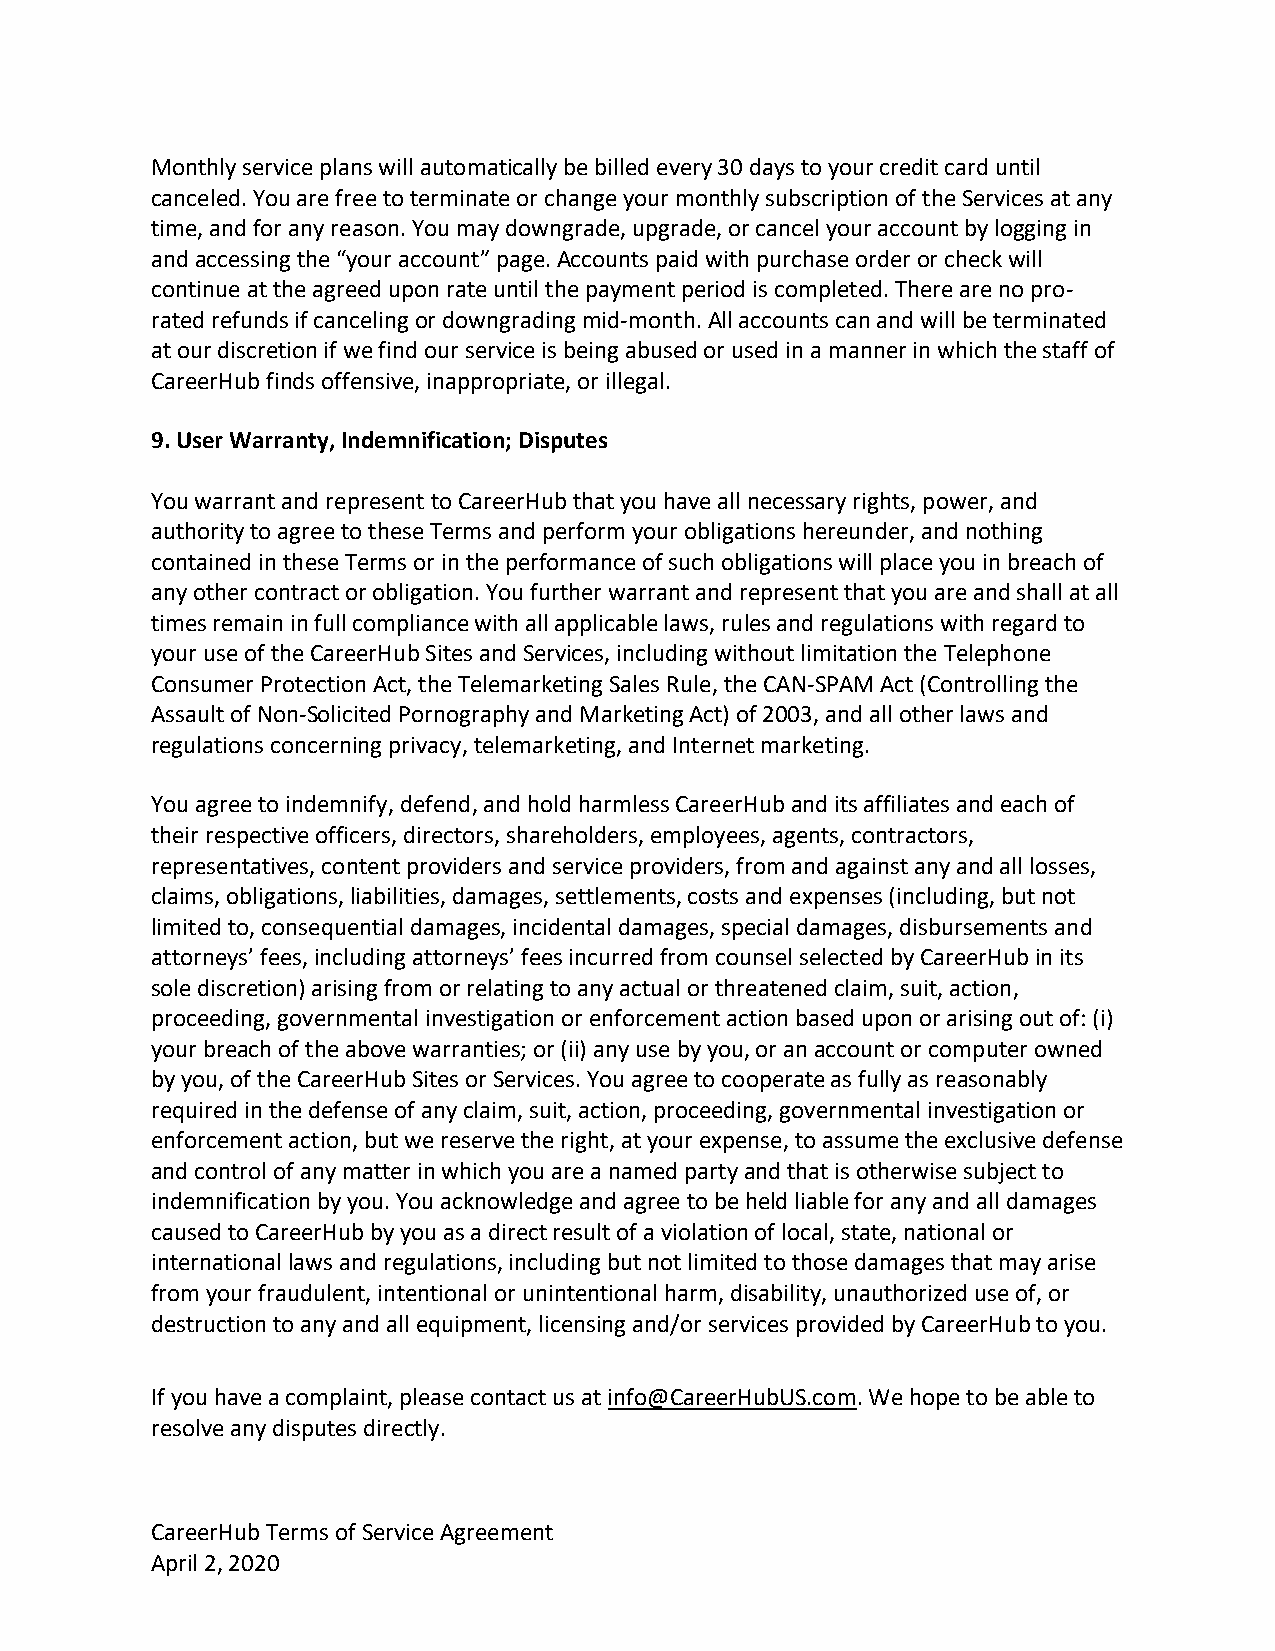
Monthly service plans will automatically be billed every 30 days to your credit card until
 canceled. You are free to terminate or change your monthly subscription of the Services at any
 time, and for any reason. You may downgrade, upgrade, or cancel your account by logging in
 and accessing the “your account” page. Accounts paid with purchase order or check will
 continue at the agreed upon rate until the payment period is completed. There are no pro-
 rated refunds if canceling or downgrading mid-month. All accounts can and will be terminated
 at our discretion if we find our service is being abused or used in a manner in which the staff of
 CareerHub finds offensive, inappropriate, or illegal.
 9. User Warranty, Indemnification; Disputes
 You warrant and represent to CareerHub that you have all necessary rights, power, and
 authority to agree to these Terms and perform your obligations hereunder, and nothing
 contained in these Terms or in the performance of such obligations will place you in breach of
 any other contract or obligation. You further warrant and represent that you are and shall at all
 times remain in full compliance with all applicable laws, rules and regulations with regard to
 your use of the CareerHub Sites and Services, including without limitation the Telephone
 Consumer Protection Act, the Telemarketing Sales Rule, the CAN-SPAM Act (Controlling the
 Assault of Non-Solicited Pornography and Marketing Act) of 2003, and all other laws and
 regulations concerning privacy, telemarketing, and Internet marketing.
 You agree to indemnify, defend, and hold harmless CareerHub and its affiliates and each of
 their respective officers, directors, shareholders, employees, agents, contractors,
 representatives, content providers and service providers, from and against any and all losses,
 claims, obligations, liabilities, damages, settlements, costs and expenses (including, but not
 limited to, consequential damages, incidental damages, special damages, disbursements and
 attorneys’ fees, including attorneys’ fees incurred from counsel selected by CareerHub in its
 sole discretion) arising from or relating to any actual or threatened claim, suit, action,
 proceeding, governmental investigation or enforcement action based upon or arising out of: (i)
 your breach of the above warranties; or (ii) any use by you, or an account or computer owned
 by you, of the CareerHub Sites or Services. You agree to cooperate as fully as reasonably
 required in the defense of any claim, suit, action, proceeding, governmental investigation or
 enforcement action, but we reserve the right, at your expense, to assume the exclusive defense
 and control of any matter in which you are a named party and that is otherwise subject to
 indemnification by you. You acknowledge and agree to be held liable for any and all damages
 caused to CareerHub by you as a direct result of a violation of local, state, national or
 international laws and regulations, including but not limited to those damages that may arise
 from your fraudulent, intentional or unintentional harm, disability, unauthorized use of, or
 destruction to any and all equipment, licensing and/or services provided by CareerHub to you.
 If you have a complaint, please contact us at info@CareerHubUS.com. We hope to be able to
 resolve any disputes directly.
 CareerHub Terms of Service Agreement                            9
 April 2, 2020